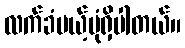
လက်ခံမယ့်ပုံရှိပါတယ်။